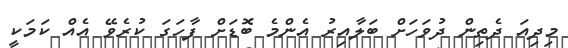
މިދިއަ ދެތިން ދުވަހަށް ބަލާއިރު އެންމެ ބޮޑަށް ފާހަގަ ކުރެވޭ އެއް ކަމަކީ